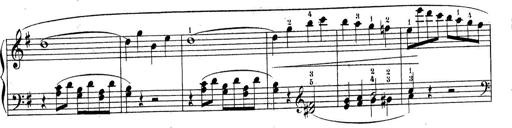
Title: Piano Sonatine No.2
Composer: Peter Piel
Key: G major